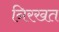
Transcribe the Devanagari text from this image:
निरखत